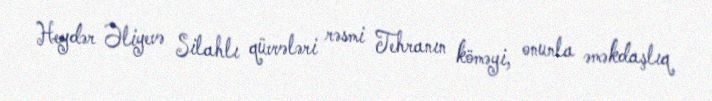
Heydər Əliyevə Silahlı qüvvələri rəsmi Tehranın köməyi, onunla əməkdaşlıq